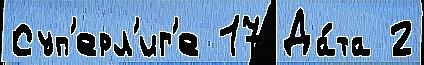
Суп'ерл'иг'е 17 Да́та 2